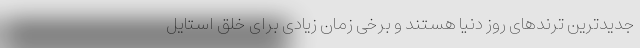
جدیدترین ترندهای روز دنیا هستند و برخی زمان زیادی برای خلق استایل